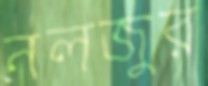
নলজুর